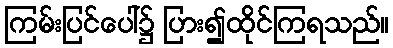
ကြမ်းပြင်ပေါ်၌ ပြား၍ထိုင်ကြရသည်။